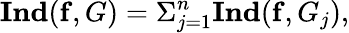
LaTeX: \mathbf{Ind}(\mathbf{f},G)=\Sigma_{j=1}^{n}\mathbf{Ind}(\mathbf{f},G_{j}),